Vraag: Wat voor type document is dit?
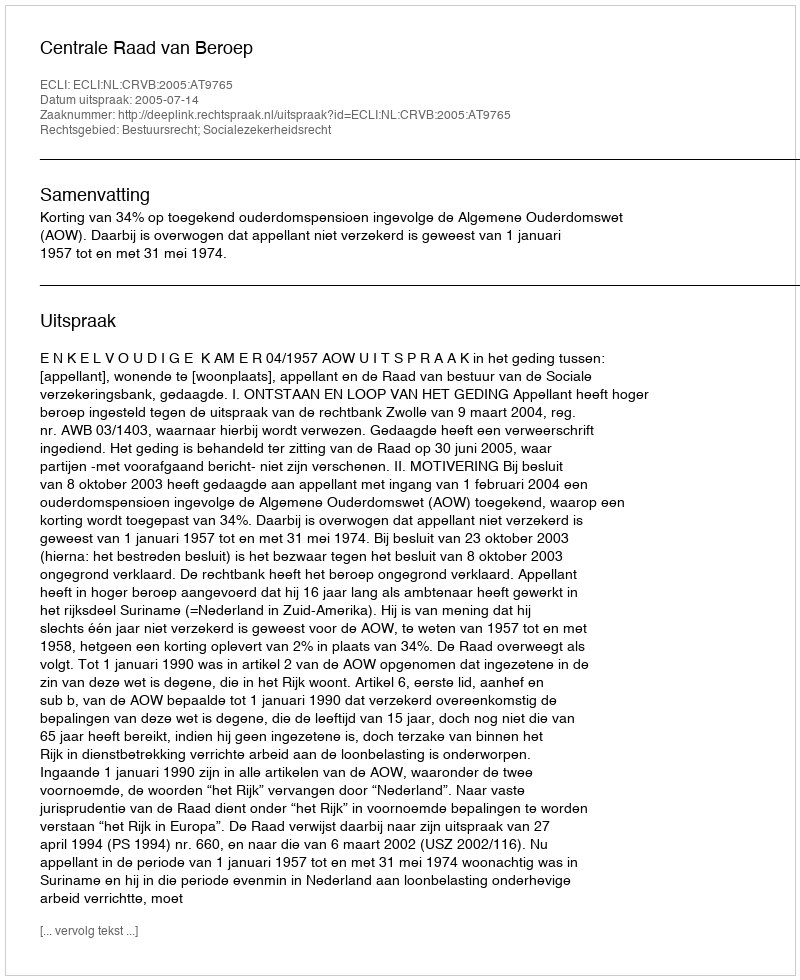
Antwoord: Uitspraak